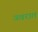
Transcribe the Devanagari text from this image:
ज्वरात